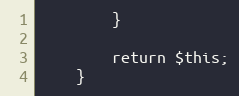
Language: PHP
        }

        return $this;
    }